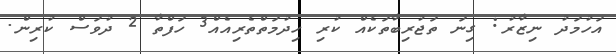
އަހުމަދު ނިޒާރު: ގިނަ ތަޖުރިބާތަކެއް ކުރި ހިދުމަތްތެރިއެއް3 ހަފްތާ 2 ދުވަސް ކުރިން.